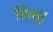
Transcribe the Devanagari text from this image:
सिरमुर